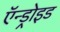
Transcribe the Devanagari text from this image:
ऍन्ड्रोइड